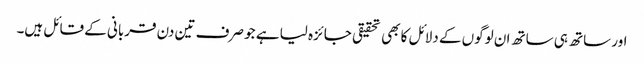
اور ساتھ ہی ساتھ ان لوگوں کے دلائل کا بھی تحقیقی جائزہ لیا ہے جو صرف تین دن قربانی کے قائل ہیں۔